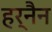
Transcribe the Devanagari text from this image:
हर्नैन